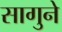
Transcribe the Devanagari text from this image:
सागुने